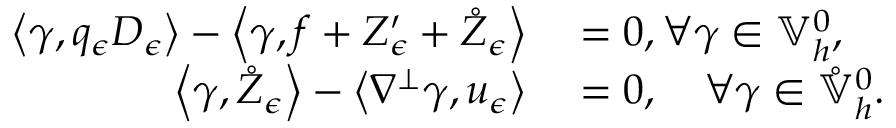
\begin{array} { r l } { \left\langle \gamma , q _ { \epsilon } D _ { \epsilon } \right\rangle - \left\langle \gamma , f + Z _ { \epsilon } ^ { \prime } + \mathring { Z } _ { \epsilon } \right\rangle } & { { } = 0 , \forall \gamma \in \mathbb { V } _ { h } ^ { 0 } , } \\ { \left\langle \gamma , \mathring { Z } _ { \epsilon } \right\rangle - \left\langle \nabla ^ { \perp } \gamma , u _ { \epsilon } \right\rangle } & { { } = 0 , \quad \forall \gamma \in \mathring { \mathbb { V } } _ { h } ^ { 0 } . } \end{array}